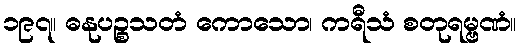
၁၉၇။ ဓနုပဉ္စသတံ ကောသော၊ ကရီသံ စတုရမ္ဗဏံ။